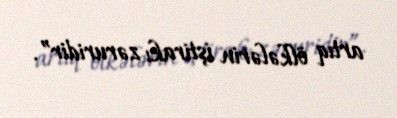
artıq ölkələrin iştirakı zəruridir”.